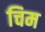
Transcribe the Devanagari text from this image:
चिम